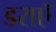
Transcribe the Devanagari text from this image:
डराएॅ